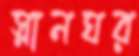
স্নানঘর